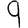
Digit: 9